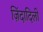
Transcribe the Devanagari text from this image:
ज़िंदादिली